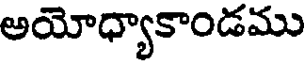
అయోధ్యాకాండము